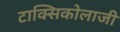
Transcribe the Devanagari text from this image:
टाक्सिकोलाजी